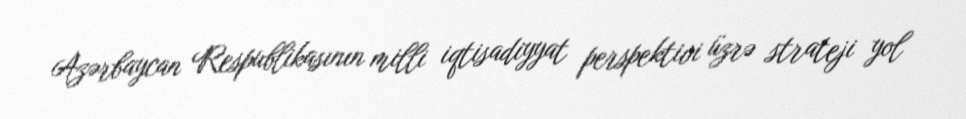
Azərbaycan Respublikasının milli iqtisadiyyat perspektivi üzrə strateji yol